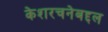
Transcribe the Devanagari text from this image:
केशरचनेबद्दल